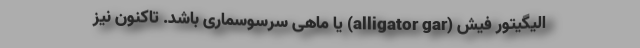
اَلیگِیتور فیش (alligator gar) یا ماهی سرسوسماری باشد. تاکنون نیز